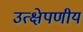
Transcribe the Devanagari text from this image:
उत्क्षेपणीय